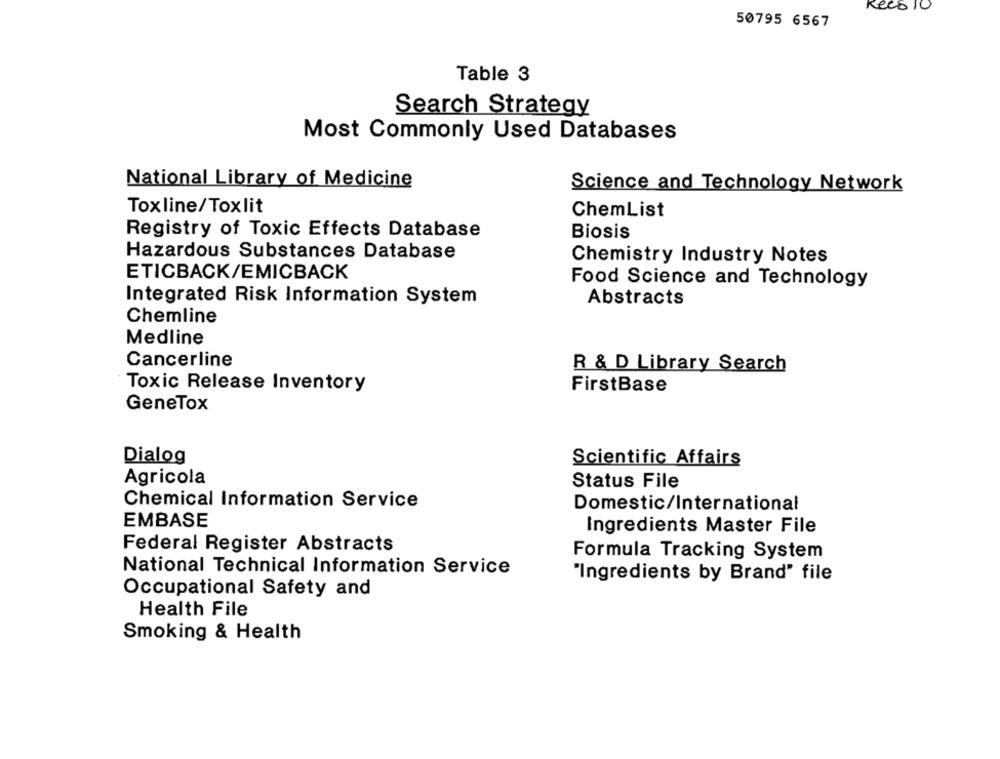
kees 10
50795 6567
Table 3
Search Strategy
Most Commonly Used Databases
National Library of Medicine
Science and Technology Network
Toxline/Toxlit
ChemList
Registry of Toxic Effects Database
Biosis
Hazardous Substances Database
Chemistry Industry Notes
ETICBACK/EMICBACK
Food Science and Technology
Integrated Risk Information System
Abstracts
Chemline
Medline
Cancerline
R & D Library Search
Toxic Release Inventory
FirstBase
GeneTox
Dialog
Scientific Affairs
Agricola
Status File
Chemical Information Service
Domestic/International
EMBASE
Ingredients Master File
Federal Register Abstracts
Formula Tracking System
National Technical Information Service
"Ingredients by Brand" file
Occupational Safety and
Health File
Smoking & Health